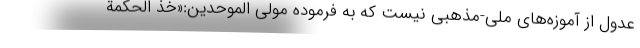
عدول از آموزه‌های ملی-مذهبی نیست که به فرموده مولی الموحدین:«خذ الحکمة